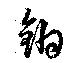
鉗